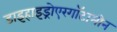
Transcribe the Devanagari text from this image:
डाइहाइड्रोएरगॉटामीन